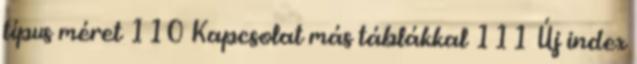
típus méret 110 Kapcsolat más táblákkal 111 Új index